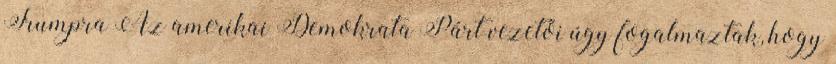
Trumpra Az amerikai Demokrata Párt vezetői úgy fogalmaztak, hogy